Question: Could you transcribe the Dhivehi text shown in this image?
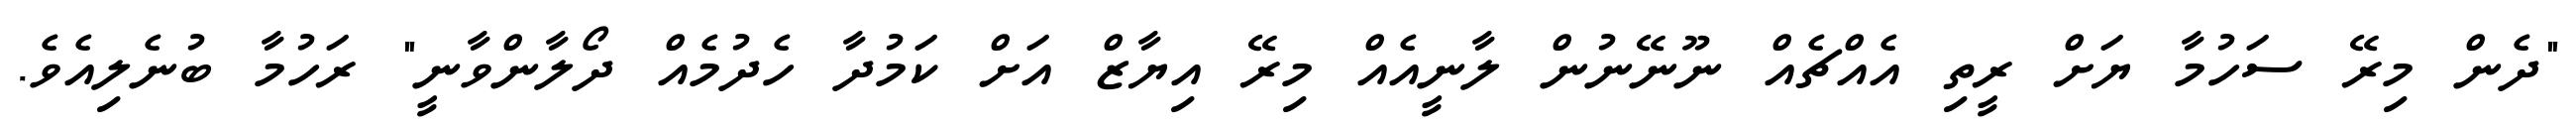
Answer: "ދެން މިރޭ ސަހުމާ ޔަށް ރީތި އެއްޗެއް ނޫނޭނުން ލާނީއެއް މިރޭ އިޔާޒް އަށް ކަމުދާ ހެދުމެއް ދޯލާންވާނީ" ރަހުމާ ބުނެލިއެވެ.